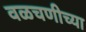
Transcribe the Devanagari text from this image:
वळचणीच्या